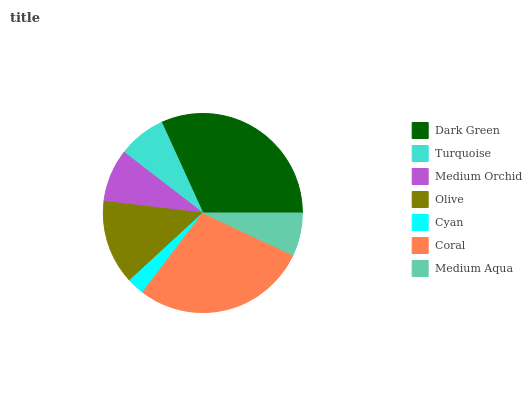
| Dark Green | Turquoise | Medium Orchid | Olive | Cyan | Coral | Medium Aqua |
 | --- | --- | --- | --- | --- | --- | --- |
 | 31.8% | 7.75% | 8.6% | 13.7% | 2.8% | 28.3% | 6.94% |